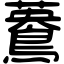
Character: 𪃳